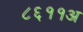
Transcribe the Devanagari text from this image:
८६११अ